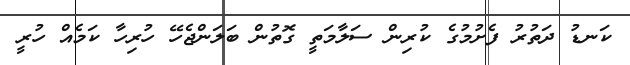
ކަނޑު ދަތުރު ފެށުމުގެ ކުރިން ސަލާމަތީ ގޮތުން ބަލަންޖެހޭ ހުރިހާ ކަމެއް ހުރީ